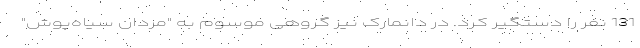
131 نفر را دستگیر کرد. در دانمارک نیز گروهی موسوم به "مردان سیاه‌پوش"